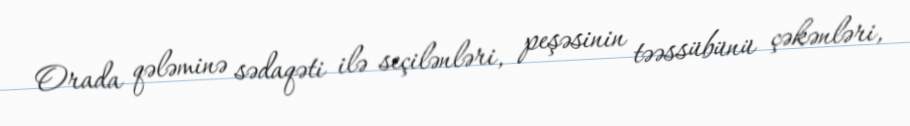
Orada qələminə sədaqəti ilə seçilənləri, peşəsinin təəssübünü çəkənləri,